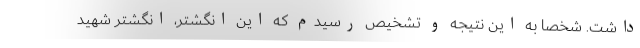
داشت. شخصاً به این نتیجه و تشخیص رسیدم که این انگشتر، انگشتر شهید